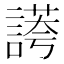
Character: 𧪮